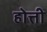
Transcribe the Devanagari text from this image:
होत्ती